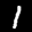
Label: 1